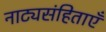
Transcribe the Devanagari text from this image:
नाट्यसंहिताएँ